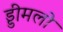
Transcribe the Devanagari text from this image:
ड्डीमलो